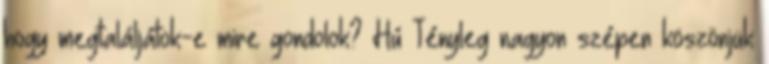
hogy megtaláljátok-e mire gondolok? Hú Tényleg nagyon szépen köszönjük